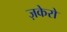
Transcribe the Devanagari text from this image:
ज़केरो